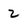
Character: 2